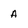
Character: A